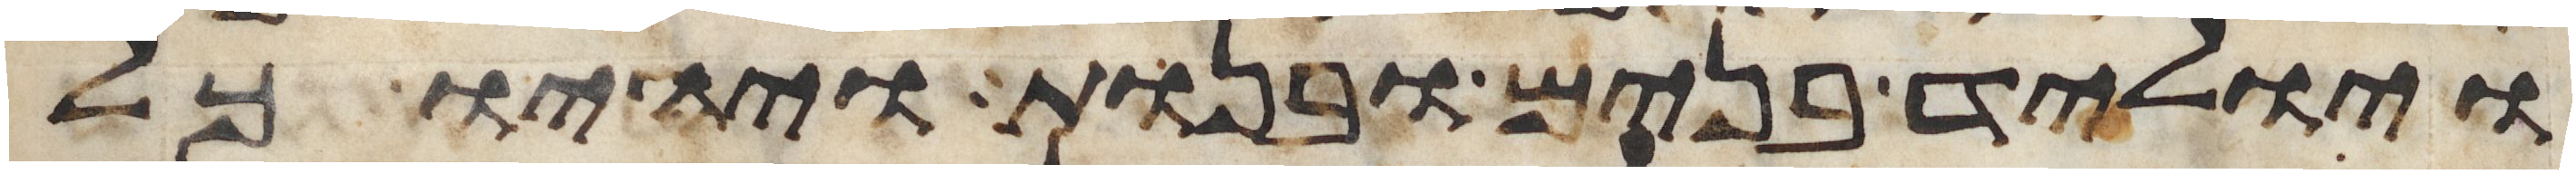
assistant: ויוליד בנים ובנות ויהיו כל